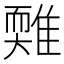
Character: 𩀋